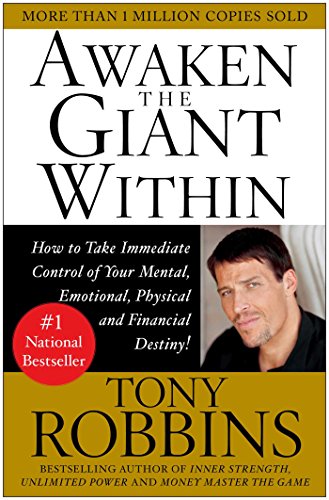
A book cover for Awaken the Giant Within : How to Take Immediate Control of Your Mental, Emotional, Physical and Financial Destiny!; Tony Robbins; Self-Help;